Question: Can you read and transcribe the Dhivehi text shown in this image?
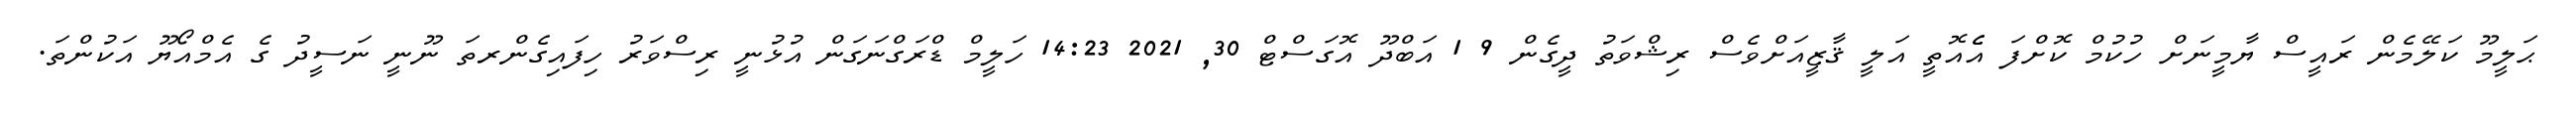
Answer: ޙަލީމޫ ކަލޭމެން ރައީސް ޔާމީނަށް ހުކުމް ކޮށްފަ އެެއޮތީ އަލީ ޤާޒީއަށްވެސް ރިޝްވަތު ދީގެން 9 1 އަބްދޫ އޮގަސްޓް 30, 2021 14:23 ހަލީމް ޑްރަގްނަގަން އުޅުނީ ރިސްވަރު ހިފައިގެންރތަ ނޫނީ ނަސީދު ގެ އެމްއޯޔޫ އަކުންތަ.